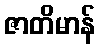
ဇာတိမာန်